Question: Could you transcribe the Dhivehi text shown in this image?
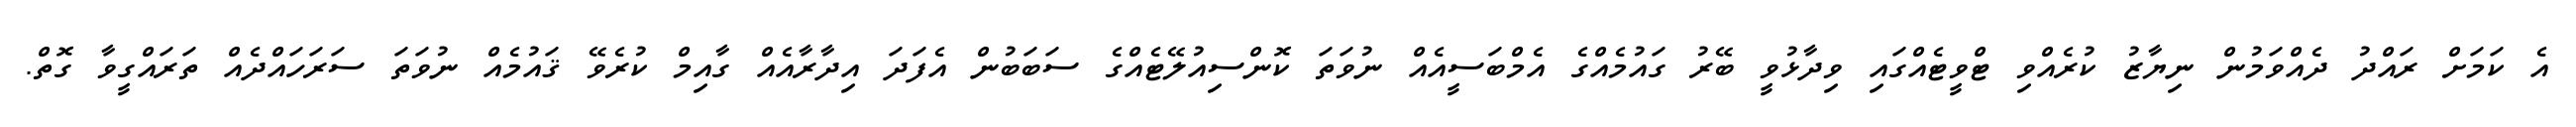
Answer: އެ ކަމަށް ރައްދު ދެއްވަމުން ނިޔާޒު ކުރެއްވި ޓްވީޓެއްގައި ވިދާޅުވީ ބޭރު ގައުމެއްގެ އެމްބަސީއެއް ނުވަތަ ކޮންސިއުލޭޓެއްގެ ސަބަބުން އެފަދަ އިދާރާއެއް ގާއިމް ކުރެވޭ ޤައުމެއް ނުވަތަ ސަރަހައްދެއް ތަރައްގީވާ ގޮތް.